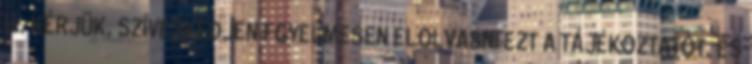
is. KÉRJÜK, SZÍVESKEDJEN FGYELMESEN ELOLVASNI EZT A TÁJÉKOZTATÓT, ÉS